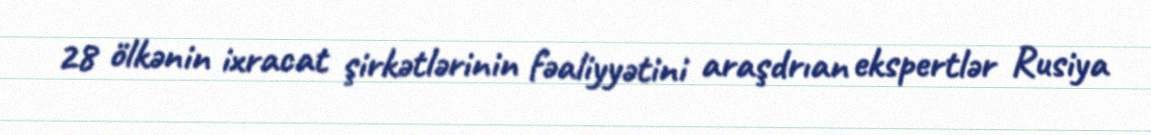
28 ölkənin ixracat şirkətlərinin fəaliyyətini araşdrıan ekspertlər Rusiya